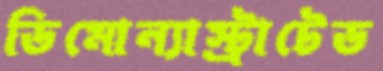
ডিমোন্যাস্ট্রাটেড